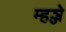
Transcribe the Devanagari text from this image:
म्हञ्जे